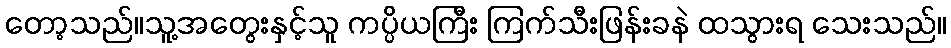
တော့သည်။သူ့အတွေးနှင့်သူ ကပ္ပိယကြီး ကြက်သီးဖြန်းခနဲ ထသွားရ သေးသည်။